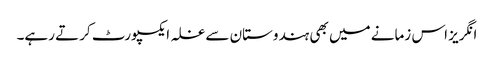
انگریز اس زمانے میں بھی ہندوستان سے غلہ ایکسپورٹ کرتے رہے۔